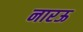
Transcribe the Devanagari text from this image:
नारऊ